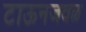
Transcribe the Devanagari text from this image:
टाऊनजवळ